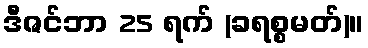
ဒီဇင်ဘာ 25 ရက် (ခရစ္စမတ်)။